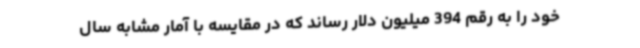
خود را به رقم 394 میلیون دلار رساند که در مقایسه با آمار مشابه سال